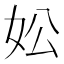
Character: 妐